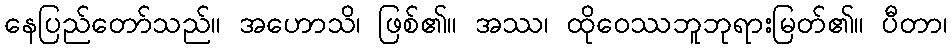
နေပြည်တော်သည်။ အဟောသိ၊ ဖြစ်၏။ အဿ၊ ထိုဝေဿဘူဘုရားမြတ်၏။ ပီတာ၊